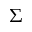
\Sigma